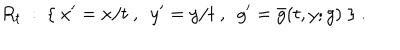
LaTeX: R _ { t } ~ : ~ \{ ~ x ^ { \prime } = x / t ~ , ~ ~ y ^ { \prime } = y / t ~ , ~ ~ g ^ { \prime } = \bar { g } ( t , y ; g ) ~ \} ~ .